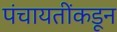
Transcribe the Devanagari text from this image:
पंचायतींकडून